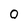
Character: 0